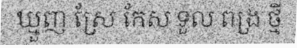
ឃ្មួញ ស្រែ កែស ទួល ពង្រ ថ្មី